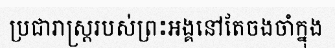
ប្រជារាស្ត្ររបស់ព្រះអង្គនៅតែចងចាំក្នុង